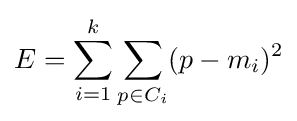
E=\sum _{i=1}^{k}\sum _{p\in C_{i}}(p-m_{i})^{2}